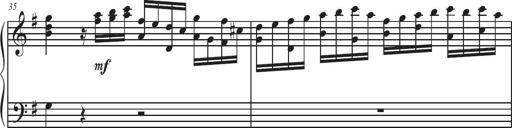
Title: Sonatina Espania
Composer: Jerald Franklin Archer
Key: Various